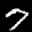
Label: 7